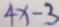
4 x - 3